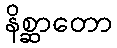
နိစ္ဆာတော